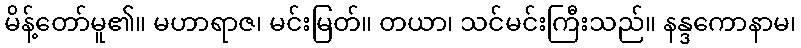
မိန့်တော်မူ၏။ မဟာရာဇ၊ မင်းမြတ်။ တယာ၊ သင်မင်းကြီးသည်။ နန္ဒကောနာမ၊